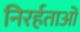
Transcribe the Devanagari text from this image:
निरर्हताओं